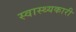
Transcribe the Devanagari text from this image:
स्वास्थ्यकारी